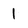
Character: 1